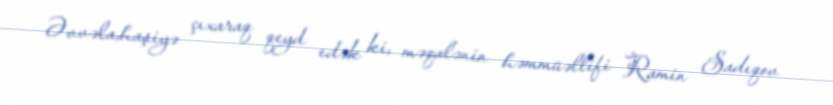
Əvvəla,haşiyə çıxaraq qeyd edək ki, məqalənin həmmüəllifi Ramin Sadıqov